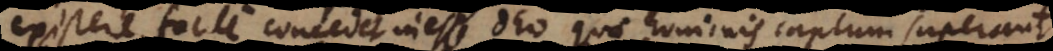
existere, facile concedet inesse Deo quae hominis captum superant,